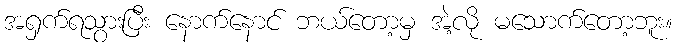
အရှက်ရသွားပြီး နောက်နောင် ဘယ်တော့မှ အဲ့လို မသောက်တော့ဘူး။